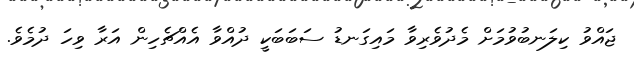
ޖައްވު ކިލަނބުވުމަށް މެދުވެރިވާ މައިގަނޑު ސަބަބަކީ ދުއްވާ އެއްޗެހިން އަރާ ވިހަ ދުމެވެ.